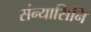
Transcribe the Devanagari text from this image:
संन्यासिनि